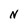
Character: N